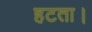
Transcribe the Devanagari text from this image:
हटता।